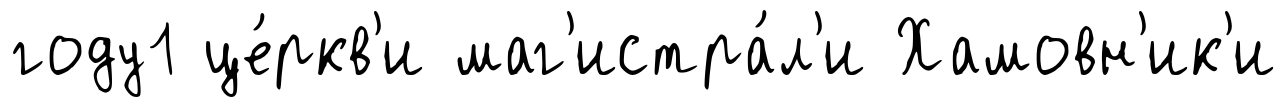
году1 це́ркв'и маг'истра́л'и Хамовн'ик'и